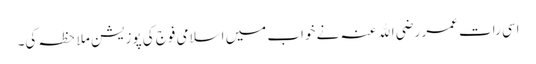
اسی رات عمر رضی اﷲ عنہ نے خواب میں اسلامی فوج کی پوزیشن ملاحظہ کی۔